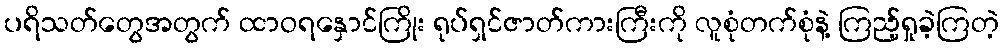
ပရိသတ်တွေအတွက် ထာဝရနှောင်ကြိုး ရုပ်ရှင်ဇာတ်ကားကြီးကို လူစုံတက်စုံနဲ့ ကြည့်ရှုခဲ့ကြတဲ့